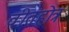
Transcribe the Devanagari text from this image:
वीतहोत्र